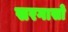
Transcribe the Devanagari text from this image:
सरगासो